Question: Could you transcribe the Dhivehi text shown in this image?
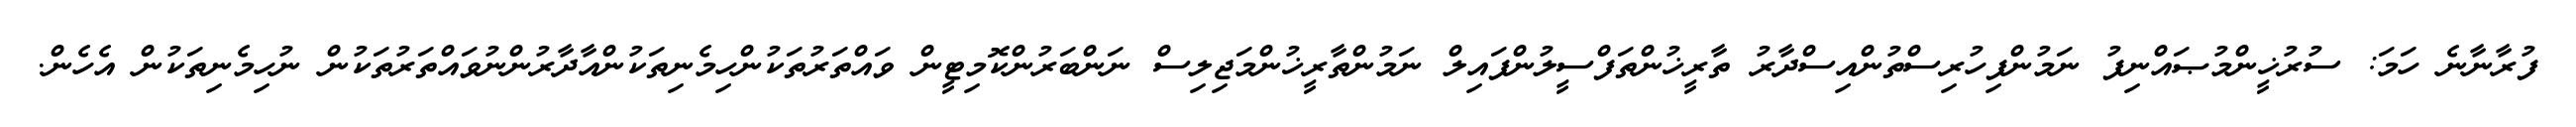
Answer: ފުރާނާނެ ހަމަ: ސުރުޚީންމުޞައްނިފު ނަމުންފިހުރިސްތުންއިސްދާރު ތާރީޚުންތަފްސީލުންފައިލް ނަމުންތާރީޚުންމަޖިލިސް ނަންބަރުންކޮމިޓީން ވައްތަރުތަކުންހިމެނިތަކުންއާދާރުންނުވައްތަރުތަކުން ނުހިމެނިތަކުން އެހެން.